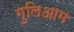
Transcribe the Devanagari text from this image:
गुलिआम